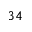
^ Ḋ 3 4 Ḍ